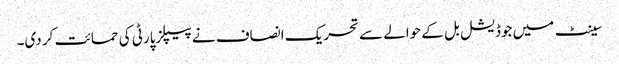
سینٹ میں جوڈیشل بل کے حوالے سے تحریک انصاف نے پیپلزپارٹی کی حمائت کر دی۔